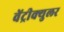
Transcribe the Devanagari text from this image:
वेंट्रीक्युलर